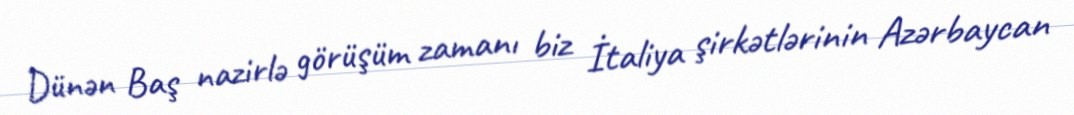
Dünən Baş nazirlə görüşüm zamanı biz İtaliya şirkətlərinin Azərbaycan